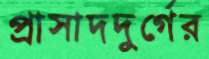
প্রাসাদদুর্গের